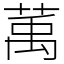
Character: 萭